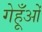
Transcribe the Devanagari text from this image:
गेहूँओं